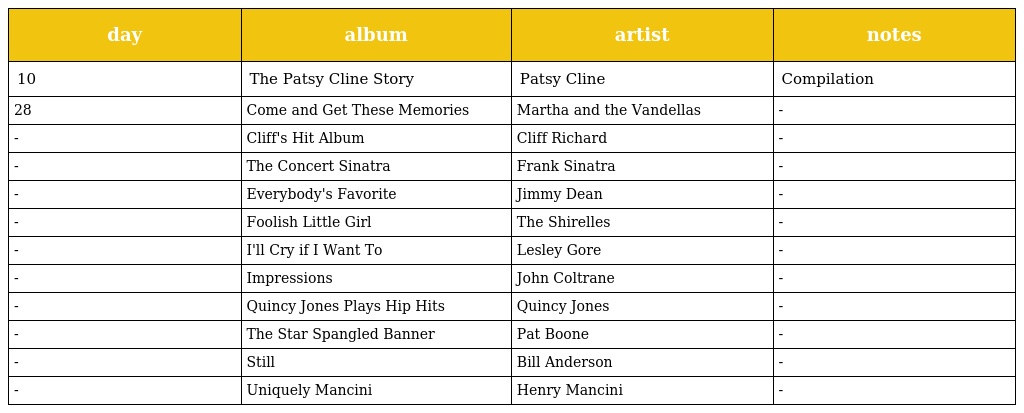
| day | album | artist | notes |
 | --- | --- | --- | --- |
 | 10 | The Patsy Cline Story | Patsy Cline | Compilation |
 | 28 | Come and Get These Memories | Martha and the Vandellas | - |
 | - | Cliff's Hit Album | Cliff Richard | - |
 | - | The Concert Sinatra | Frank Sinatra | - |
 | - | Everybody's Favorite | Jimmy Dean | - |
 | - | Foolish Little Girl | The Shirelles | - |
 | - | I'll Cry if I Want To | Lesley Gore | - |
 | - | Impressions | John Coltrane | - |
 | - | Quincy Jones Plays Hip Hits | Quincy Jones | - |
 | - | The Star Spangled Banner | Pat Boone | - |
 | - | Still | Bill Anderson | - |
 | - | Uniquely Mancini | Henry Mancini | - |